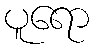
ပူရော